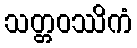
သတ္တဝဿိကံ